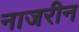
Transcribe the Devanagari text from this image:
नाजरीन